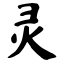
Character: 灵